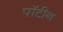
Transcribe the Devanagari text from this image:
पॉटीन